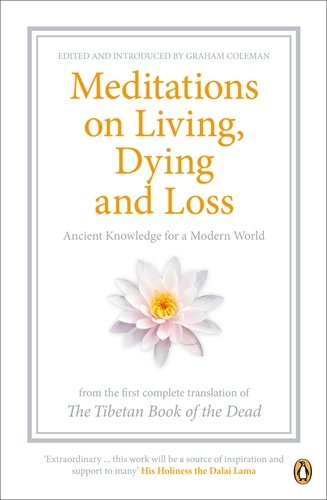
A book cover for Penguin Classics Meditations On Living Dying And Loss; Lama Dalai; Religion & Spirituality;